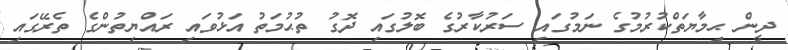
ދީން ޙިމާޔަތްކުރުމުގެ ނަމުގައި ސަރުކާރުގެ ބޮލުގައި ދޮގު ތުޙުމަތު އަޅުވައި ރައްޔިތުންގެ ތެރޭގައި